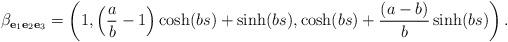
LaTeX: \begin{align*}\beta_{\mathbf{e}_{1}\mathbf{e}_{2}\mathbf{e}_{3}}=\left( 1,\left( \frac{a}{b}-1\right) \cosh (bs)+\sinh (bs),\cosh (bs)+\frac{(a-b)}{b}\sinh (bs)\right).\end{align*}